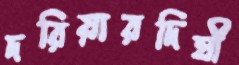
দরিয়ারদিঘী